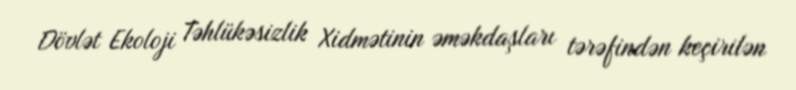
Dövlət Ekoloji Təhlükəsizlik Xidmətinin əməkdaşları tərəfindən keçirilən